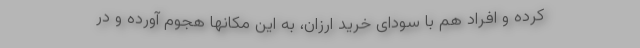
کرده و افراد هم با سودای خرید ارزان، به این مکانها هجوم آورده و در